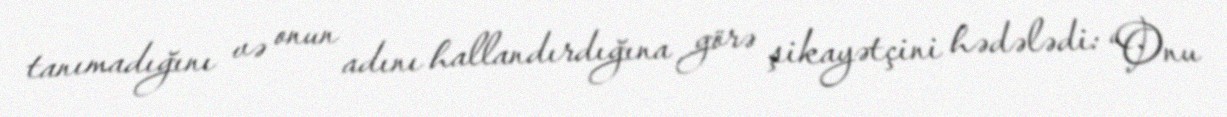
tanımadığını və onun adını hallandırdığına görə şikayətçini hədələdi: “Onu